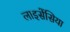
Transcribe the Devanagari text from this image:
लाइसेंसिया